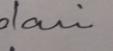
Signature authenticity: genuine